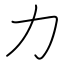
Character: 力